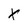
Character: X